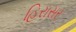
હિરાસર